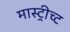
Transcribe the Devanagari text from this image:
मास्ट्रीच्ट